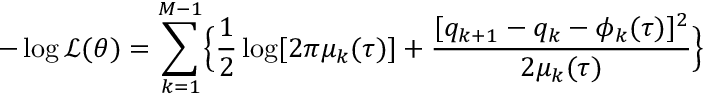
- \log \mathcal { L } ( \theta ) = \sum _ { k = 1 } ^ { M - 1 } \Bigl \{ \frac { 1 } { 2 } \log [ 2 \pi \mu _ { k } ( \tau ) ] + \frac { [ q _ { k + 1 } - q _ { k } - \phi _ { k } ( \tau ) ] ^ { 2 } } { 2 \mu _ { k } ( \tau ) } \Bigr \}